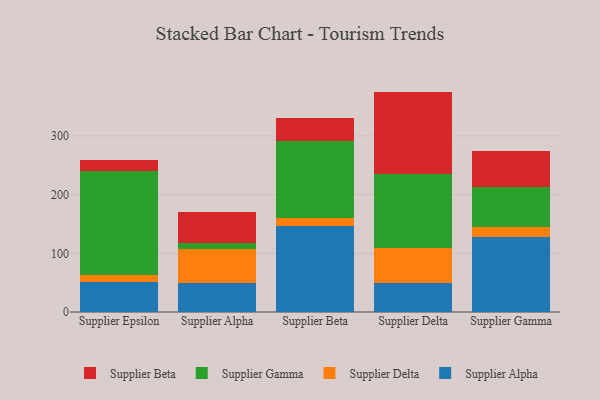
{"axis": {"x": "Supplier", "y": "Active Users"}, "legend": ["Supplier Alpha", "Supplier Beta", "Supplier Delta", "Supplier Gamma"], "data": [{"x": "Supplier Epsilon", "y": 51.4, "type": "Supplier Alpha"}, {"x": "Supplier Epsilon", "y": 11.3, "type": "Supplier Delta"}, {"x": "Supplier Epsilon", "y": 177.8, "type": "Supplier Gamma"}, {"x": "Supplier Epsilon", "y": 19.0, "type": "Supplier Beta"}, {"x": "Supplier Alpha", "y": 49.0, "type": "Supplier Alpha"}, {"x": "Supplier Alpha", "y": 57.7, "type": "Supplier Delta"}, {"x": "Supplier Alpha", "y": 11.3, "type": "Supplier Gamma"}, {"x": "Supplier Alpha", "y": 52.9, "type": "Supplier Beta"}, {"x": "Supplier Beta", "y": 146.5, "type": "Supplier Alpha"}, {"x": "Supplier Beta", "y": 13.2, "type": "Supplier Delta"}, {"x": "Supplier Beta", "y": 131.5, "type": "Supplier Gamma"}, {"x": "Supplier Beta", "y": 39.8, "type": "Supplier Beta"}, {"x": "Supplier Delta", "y": 50.2, "type": "Supplier Alpha"}, {"x": "Supplier Delta", "y": 59.4, "type": "Supplier Delta"}, {"x": "Supplier Delta", "y": 125.8, "type": "Supplier Gamma"}, {"x": "Supplier Delta", "y": 140.3, "type": "Supplier Beta"}, {"x": "Supplier Gamma", "y": 127.1, "type": "Supplier Alpha"}, {"x": "Supplier Gamma", "y": 18.6, "type": "Supplier Delta"}, {"x": "Supplier Gamma", "y": 67.2, "type": "Supplier Gamma"}, {"x": "Supplier Gamma", "y": 61.6, "type": "Supplier Beta"}]}